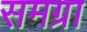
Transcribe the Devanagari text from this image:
समग्रा